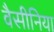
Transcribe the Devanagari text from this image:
वैसीनिया